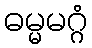
ဓမ္မမဂ္ဂံ